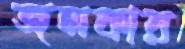
জলকার